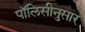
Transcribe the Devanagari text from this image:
पॉलिसीनुसार